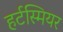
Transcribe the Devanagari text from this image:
हर्टस्मियर